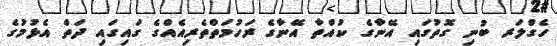
ހެގްލަރ ބުނި ގޮތުގައި އޭނާގެ ކުއްތާ އޭނާގެ ރަހުމަތްތެރިއެއްގެ ގައިގައި ދަތް އެޅުމުގެ